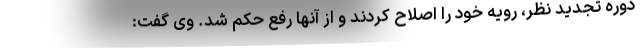
دوره تجدید نظر، رویه خود را اصلاح کردند و از آنها رفع حکم شد. وی گفت: